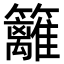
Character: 籬